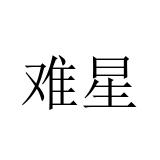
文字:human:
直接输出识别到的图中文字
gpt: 难星